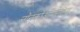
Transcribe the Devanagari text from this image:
नॉनकोऑपरेटिव